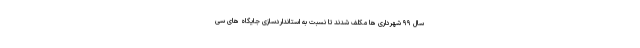
سال ۹۹ شهرداری ها مکلف شدند تا نسبت به استانداردسازی جایگاه های سی